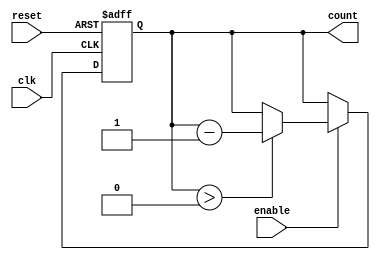
module down_counter #(
    parameter N = 4 // Parameter for the number of bits in the counter
)(
    input wire clk,       // Clock signal
    input wire reset,     // Asynchronous reset signal
    input wire enable,    // Enable signal for counting down
    output reg [N-1:0] count // Current value of the counter
);

// Maximum value for the counter
localparam MAX_COUNT = (1 << N) - 1; // 2^N - 1

// Asynchronous reset and counting logic
always @(posedge clk or posedge reset) begin
    if (reset) begin
        count <= MAX_COUNT; // Reset to maximum value
    end else if (enable) begin
        if (count > 0) begin
            count <= count - 1; // Decrement the counter
        end
        // If count is 0, it will hold at 0 until reset or enable is asserted again
    end
end

endmodule